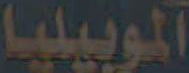
الموبيليا